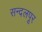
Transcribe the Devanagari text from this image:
सन्दलपूर